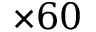
\times 6 0